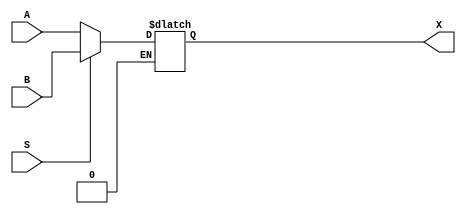
module mux_2x1_1bit (
    input A, B,
    input S,
    output reg X
);

always @ (*) 
    begin
        if (S == 1'b0)
            X <= A;
        else if (S == 1'b1)
            X <= B;
    end
endmodule